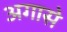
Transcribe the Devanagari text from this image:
अगासे